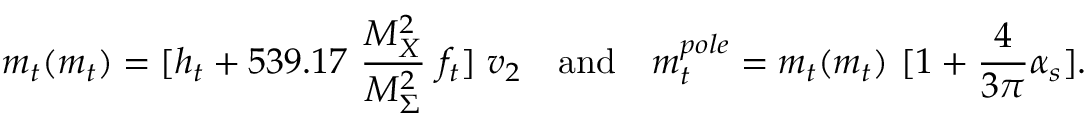
m _ { t } ( { m _ { t } } ) = [ h _ { t } + 5 3 9 . 1 7 ~ { \frac { M _ { X } ^ { 2 } } { M _ { \Sigma } ^ { 2 } } } ~ f _ { t } ] ~ v _ { 2 } ~ ~ ~ \mathrm { a n d } ~ ~ ~ m _ { t } ^ { p o l e } = m _ { t } ( m _ { t } ) ~ [ 1 + { \frac { 4 } { 3 \pi } } \alpha _ { s } ] .